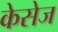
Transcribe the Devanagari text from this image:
केसेज